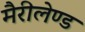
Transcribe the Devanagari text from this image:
मैरीलेण्ड